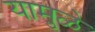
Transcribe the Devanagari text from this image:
यामु़ळे